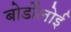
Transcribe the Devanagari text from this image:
बोर्डोलोई